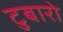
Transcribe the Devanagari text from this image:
टुबारो